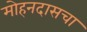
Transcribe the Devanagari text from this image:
मोहनदासचा